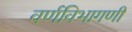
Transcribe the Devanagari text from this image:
वर्णविभागणी